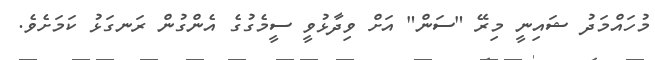
މުހައްމަދު ޝައިނީ މިރޭ "ސަން" އަށް ވިދާޅުވީ ސީމެގުގެ އެންގުން ރަނގަޅު ކަމަށެވެ.